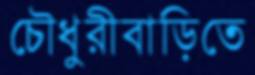
চৌধুরীবাড়িতে